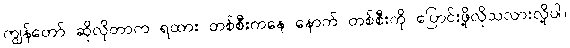
ကျွန်တော် ဆိုလိုတာက ရထား တစ်စီးကနေ နောက် တစ်စီးကို ပြောင်းဖို့လိုသလားလို့ပါ။